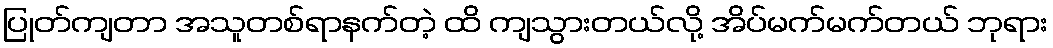
ပြုတ်ကျတာ အသူတစ်ရာနက်တဲ့ ထိ ကျသွားတယ်လို့ အိပ်မက်မက်တယ် ဘုရား